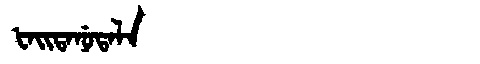
Manchu: ᡶᠠᡳᡨᠠᠨᡠᡨᠠᠯᠠ
Romanization: FAITANUTALA